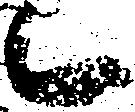
候